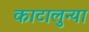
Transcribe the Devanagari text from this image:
काटालुन्या